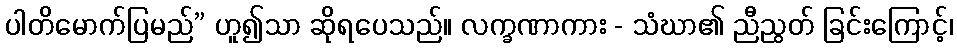
ပါတိမောက်ပြမည်” ဟူ၍သာ ဆိုရပေသည်။ လက္ခဏာကား - သံဃာ၏ ညီညွတ် ခြင်းကြောင့်၊